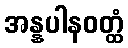
အန္နပါနဝတ္ထံ